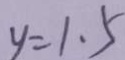
y = 1 . 5